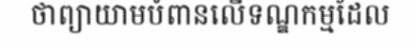
ថាព្យាយាមបំពានលើទណ្ឌកម្មដែល